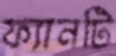
ফ্যানটি